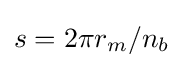
s=2\pi r_{m}/n_{b}